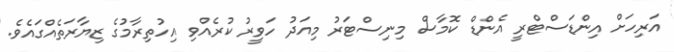
އަރިހަށް އިންޑަސްޓްރީ އެންޑް ކޮމާސް މިނިސްޓަރު މިއަދު ހަވީރު ކުރެއްވި އިހުތިރާމުގެ ޒިޔާރަތެއްގައެވެ.